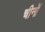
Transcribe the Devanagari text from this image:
चीनों